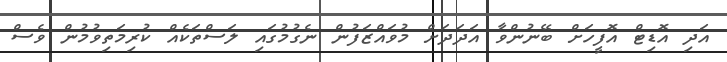
އަދި އޮޑިޓް އޮފީހަށް ބޭނުންވާ އަދަދަށް މުވައްޒަފުން ނެގުމުގައި ލަސްތަކެއް ކުރިމަތިވުމުން ވެސް